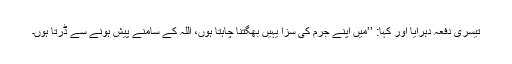
تیسری دفعہ دہرایا اور کہا: ’’میں اپنے جرم کی سزا یہیں بھگتنا چاہتا ہوں، اللہ کے سامنے پیش ہونے سے ڈرتا ہوں۔